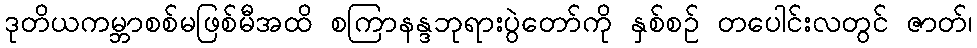
ဒုတိယကမ္ဘာစစ်မဖြစ်မီအထိ စကြာနန္ဒဘုရားပွဲတော်ကို နှစ်စဉ် တပေါင်းလတွင် ဇာတ်၊